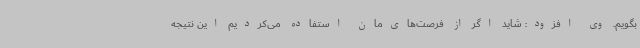
بگویم. وی افزود: شاید اگر از فرصت‌های‌مان استفاده می‌کردیم این نتیجه